Account of plague administration in the Bombay Presidency from September 1896 till May 1897
Year: 1896
Disease focus: Plague
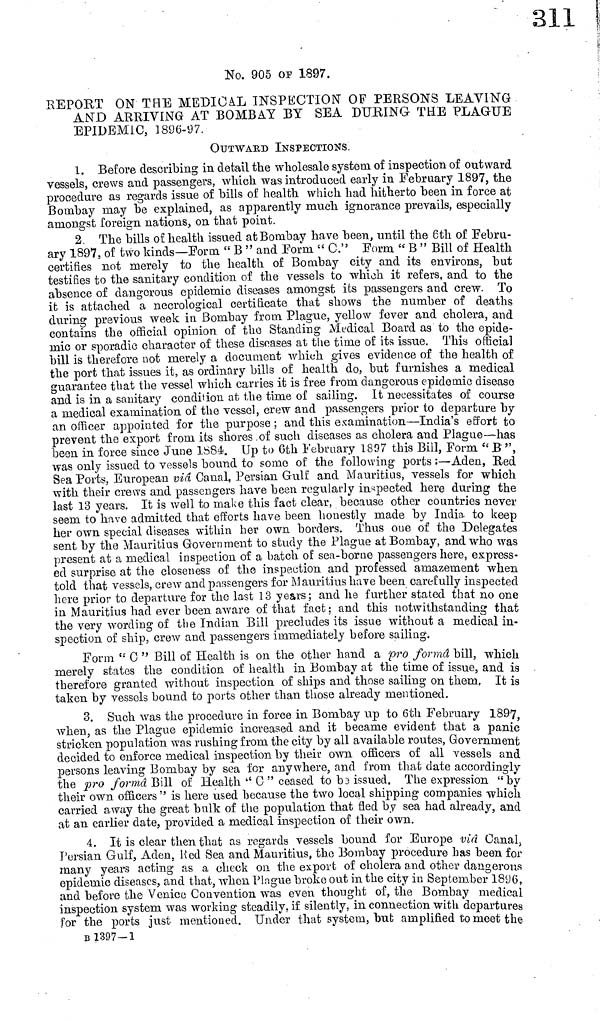
No. 905 0F 1897.
REPORT ON TRE MEDICAL INSPECTION" OP PERSONS LEAVING
AND ARRIVING AT BOMBAY BY SEA DURING THE PLAGUE
EPIDEMIC, 1896-97.
OUTWARD INSPECTIONS.
1. Before describing in detail the wholesale system of inspection of outward
vessels, crews and passengers, which was introduced early in February 1897, the
procedure as regards issue of bills of health which had hitherto been in force at
Bombay may be explained, as apparently much ignorance prevails, especially
amongst foreign nations, on that point.
2. The bills of health issued at Bombay have been, until the 6th of Febru-
ary 1897, of two kinds—Form " Β " and Form " C." Form " Β " Bili of Health
certifies not merely to the health of Bombay city and its environs, but
testifies to the sanitary condition of the vessels to which it refers, and to the
absence of dangerous epidemic diseases amongst its passengers and crew. To
it is attached a necrological certificate that shows the number of deaths
during previous week in Bombay from Plague, yellow fever and cholera, and
contains the official opinion of the Standing Medical Board as to the epide-
mic or sporadic character of these diseases at the time of its issue. This official
bill is therefore not merely a document which gives evidence of the health of
the port that issues it, as ordinary bills of health do, but furnishes a medical
guarantee that the vessel which carries it is free from dangerous epidemic disease
and is in a sanitary condition at the time of sailing. It necessitates of course
a medical examination of the vessel, crew and passengers prior to departure by
an officer appointed for the purpose ; and this examination—India's effort to
prevent the export from its shores of such diseases as cholera and Plague—has
been in force since June 1884. Up to 6th February 1897 this Bill, Form " Β ",
was only issued to vessels bound to some of the following ports :—Aden, Bed
Sea Ports, European viâ Canal, Persian Gulf and Mauritius, vessels for which
with their crews and passengers have been regularly inspected here during the
last 13 years. It is well to make this fact clear, because other countries never
seem to have admitted that efforts have been honestly made by India to keep
her own special diseases within her own borders. Thus oue of the Delegates
sent by the Mauritius Government to study the Plague at Bombay, and who was
present at a medical inspection of a batch of sea-borne passengers here, express-
ed surprise at the closeness of the inspection and professed amazement when
told that vessels, crew and passengers for Mauritius have been carefully inspected
here prior to departure for the last 13 years; and he further stated that no one
in Mauritius had ever been aware of that fact; and this notwithstanding that
the very wording of the Indian Bill precludes its issue without a medical in-
spection of ship, crew and passengers immediately before sailing.
Form " C " Bill of Health is on the other hand a pro formâ bill, which
merely states the condition of health in Bombay at the time of issue, and is
therefore granted without inspection of ships and those sailing on them, It is
taken by vessels bound to ports other than those already mentioned.
3. Such was the procedure in force in Bombay up to 6th February 1897
when, as the Plague epidemic increased and it became evident that a panic
stricken population was rushing from the city by all available routes, Government
decided to enforce medical inspection by their own officers of all vessels and
persons leaving Bombay by sea for anywhere, and from that date accordingly
the pro forma Bill of Health " C " ceased to be issued. The expression "by
their own officers " is here used because the two local shipping companies which
carried away the great bulk of the population that fled by sea had already, and
at an earlier date, provided a medical inspection of their own.
4. It is clear then that as regards vessels bound for Europe viâ Canal,
Persian Gulf, Aden, Red Sea and Mauritius, the Bombay procedure has been for
many years acting as a check 011 the export of cholera and other dangerous
epidemic diseases, and that, when Plague broke out in the city in September 1896,
and before the Venice Convention was even thought of, the Bombay medical
inspection system was working steadily, if silently, in connection with departures
for the ports just mentioned. Under that system, but amplified to meet the
Β 1397-1